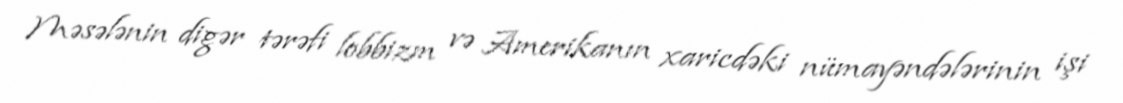
Məsələnin digər tərəfi lobbizm və Amerikanın xaricdəki nümayəndələrinin işi